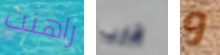
راهنت اقارب و